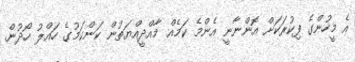
އެ މީހުންގެ ފިކުރަކަށް އޮންނާނީ އެންމެ ކަމެއް މާއްދީއްޔަތުން ކަންކަމުގެ ހައްލު ހޯދުން.